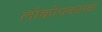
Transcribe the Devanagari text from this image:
लोकोपकारकं